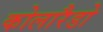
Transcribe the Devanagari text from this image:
कोलारैडो